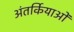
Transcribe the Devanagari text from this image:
अंतर्कियाओं